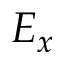
E _ { x }